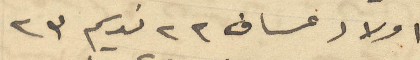
اولاد عساف 22 نديم 23